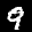
Label: 9